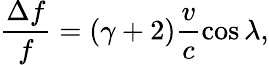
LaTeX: \frac{\Delta f}{f}=(\gamma+2)\frac{v}{c}\cos\lambda,